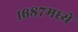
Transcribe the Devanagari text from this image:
१६८७मध्ये